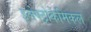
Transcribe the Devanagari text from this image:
इलेक्ट्रोकेमिकल